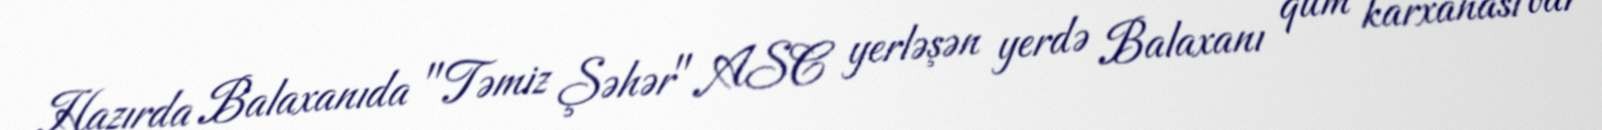
Hazırda Balaxanıda "Təmiz Şəhər" ASC yerləşən yerdə Balaxanı qum karxanası var